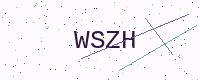
Text: WSZH